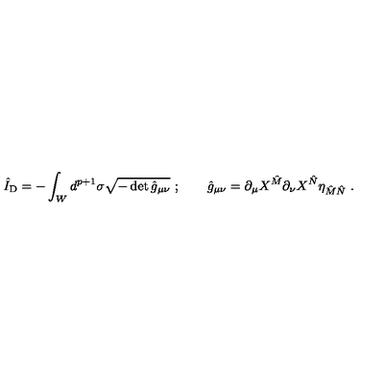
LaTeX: \hat { I } _ { \mathrm { D } } = - \int _ { W } d ^ { p + 1 } \sigma \sqrt { - \det { \hat { g } } _ { \mu \nu } } \ ; \qquad \hat { g } _ { \mu \nu } = \partial _ { \mu } X ^ { \hat { M } } \partial _ { \nu } X ^ { \hat { N } } \eta _ { \hat { M } \hat { N } } \ .